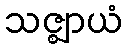
သဇ္ဈာယံ